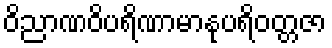
ဝိညာဏဝိပရိဏာမာနုပရိဝတ္တဇာ